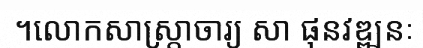
។លោកសាស្ត្រាចារ្យ សា ផុនវឌ្ឍនៈ